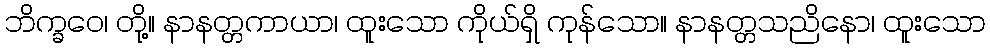
ဘိက္ခဝေ၊ တို့။ နာနတ္တကာယာ၊ ထူးသော ကိုယ်ရှိ ကုန်သော။ နာနတ္တသညိနော၊ ထူးသော